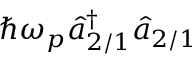
\hbar \omega _ { p } \hat { a } _ { 2 / 1 } ^ { \dagger } \hat { a } _ { 2 / 1 }